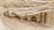
المنحة